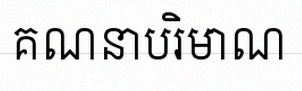
គណនាបរិមាណ